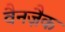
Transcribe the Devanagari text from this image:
वैनज़ैक